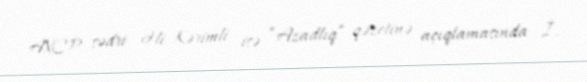
AXCP sədri Əli Kərimli isə “Azadlıq” qəzetinə açıqlamasında İ.